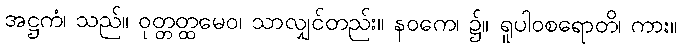
အဋ္ဌကံ၊ သည်။ ဝုတ္တတ္ထမေဝ၊ သာလျှင်တည်း။ နဝကေ၊ ၌။ ရူပါဝစရောတိ၊ ကား။